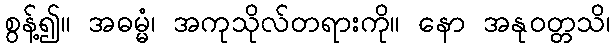
စွန့်၍။ အဓမ္မံ၊ အကုသိုလ်တရားကို။ နော အနုဝတ္တသိ၊